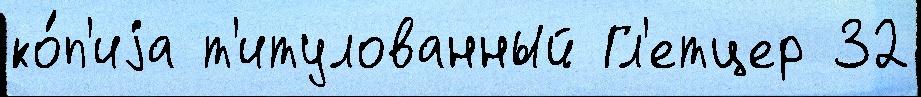
ко́п'иjа т'итулованный Гл'етцер 32